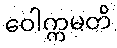
ဝေါက္ကမတိ